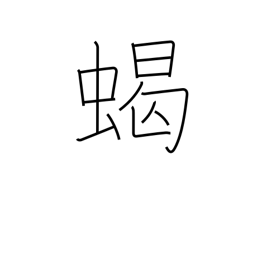
Meaning: scorpion